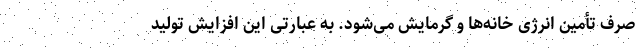
صرف تأمین انرژی خانه‌ها و گرمایش می‌شود. به عبارتی این افزایش تولید